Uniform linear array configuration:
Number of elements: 24
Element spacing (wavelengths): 0.25
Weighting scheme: blackman
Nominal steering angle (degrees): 30
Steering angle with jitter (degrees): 28.773
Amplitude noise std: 0.05
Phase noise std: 0.05

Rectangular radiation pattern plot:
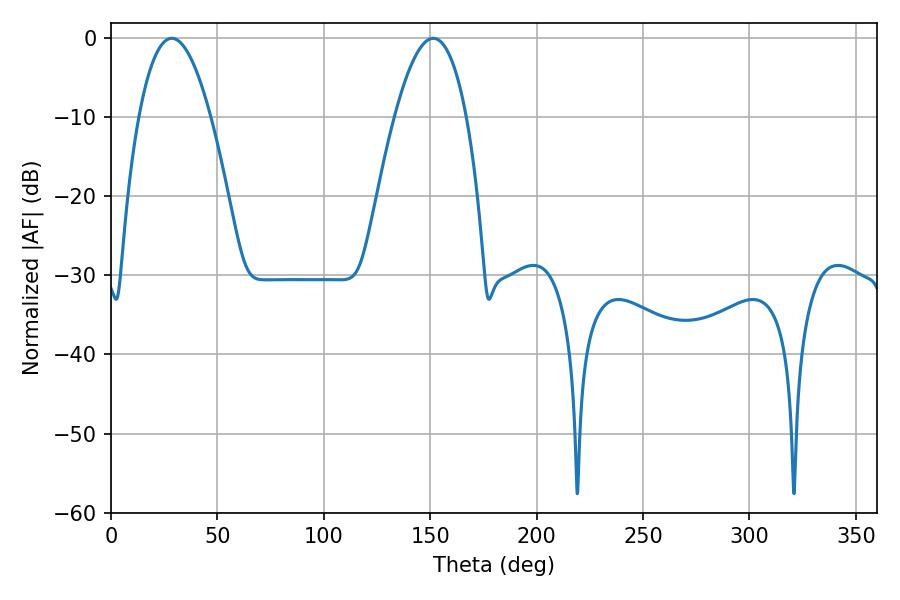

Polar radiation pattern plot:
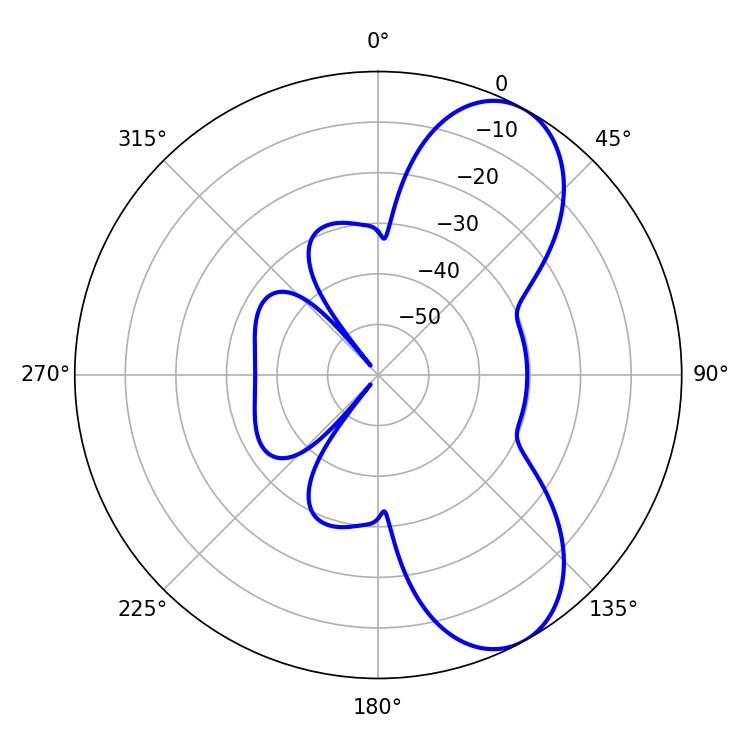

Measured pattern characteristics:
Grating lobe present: FALSE
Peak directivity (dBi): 7.717
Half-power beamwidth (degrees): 18.72
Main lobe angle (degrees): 28.62